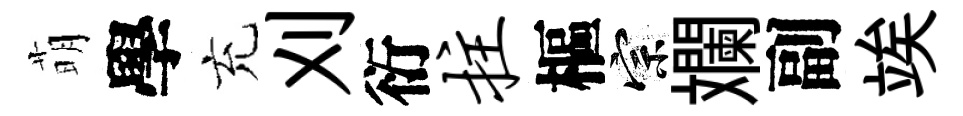
萌學充刈衍拄樞宗斕副竢